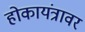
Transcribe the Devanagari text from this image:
होकायंत्रावर